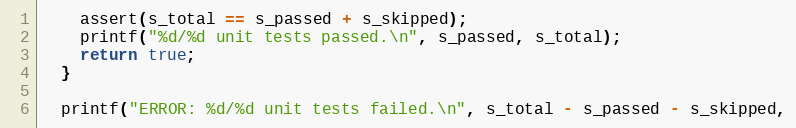
Language: C++
    assert(s_total == s_passed + s_skipped);
    printf("%d/%d unit tests passed.\n", s_passed, s_total);
    return true;
  }

  printf("ERROR: %d/%d unit tests failed.\n", s_total - s_passed - s_skipped,